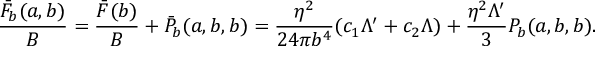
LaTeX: \frac { \bar { F } _ { b } ( a , b ) } { B } = \frac { \bar { F } ( b ) } { B } + \bar { P } _ { b } ( a , b , b ) = \frac { \eta ^ { 2 } } { 2 4 \pi b ^ { 4 } } ( c _ { 1 } \Lambda ^ { \prime } + c _ { 2 } \Lambda ) + \frac { \eta ^ { 2 } \Lambda ^ { \prime } } { 3 } P _ { b } ( a , b , b ) .